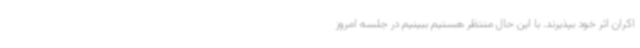
اکران اثر خود بپذیرند. با این حال منتظر هستیم ببینیم در جلسه امروز